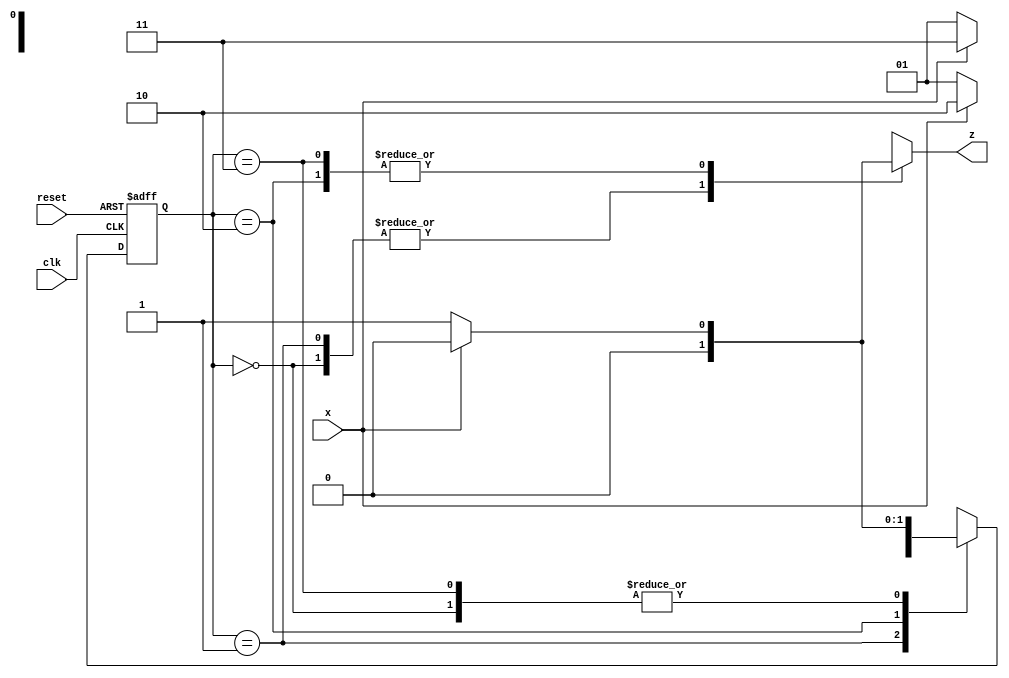
`timescale 1ns / 1ps

module SEQ_DETECTOR(x, clk, reset, z);
    input x, clk, reset;
    output reg z;
    parameter S0 = 0, S1 = 1, S2 = 2, S3 = 3;
    //S1 = initial, S2 = 0, S2 = 01, S3 = 011
    reg [0:1] PS, NS;
    always @(posedge clk or posedge reset)
        if (reset)  PS <= S0;
        //Next State becomes the Present State at every consecutive clock cycle
        else        PS <= NS;
    always @ (PS, x)
        case (PS)
            S0: begin
                z = x ? 0 : 0;
                NS = x ? S0 : S1;
                end
            S1: begin
                z = x ? 0: 0;
                NS = x ? S2 : S1;
                end
            S2: begin
                z = x ? 0 : 1;
                NS = x ? S3 : S1;
                end
            S3: begin
                z = x ? 0 : 1;
                NS = x ? S0 : S1;
                end
            endcase 
endmodule